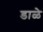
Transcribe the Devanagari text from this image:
डाळे